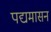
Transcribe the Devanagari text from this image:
पद्यमासन